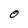
Character: O